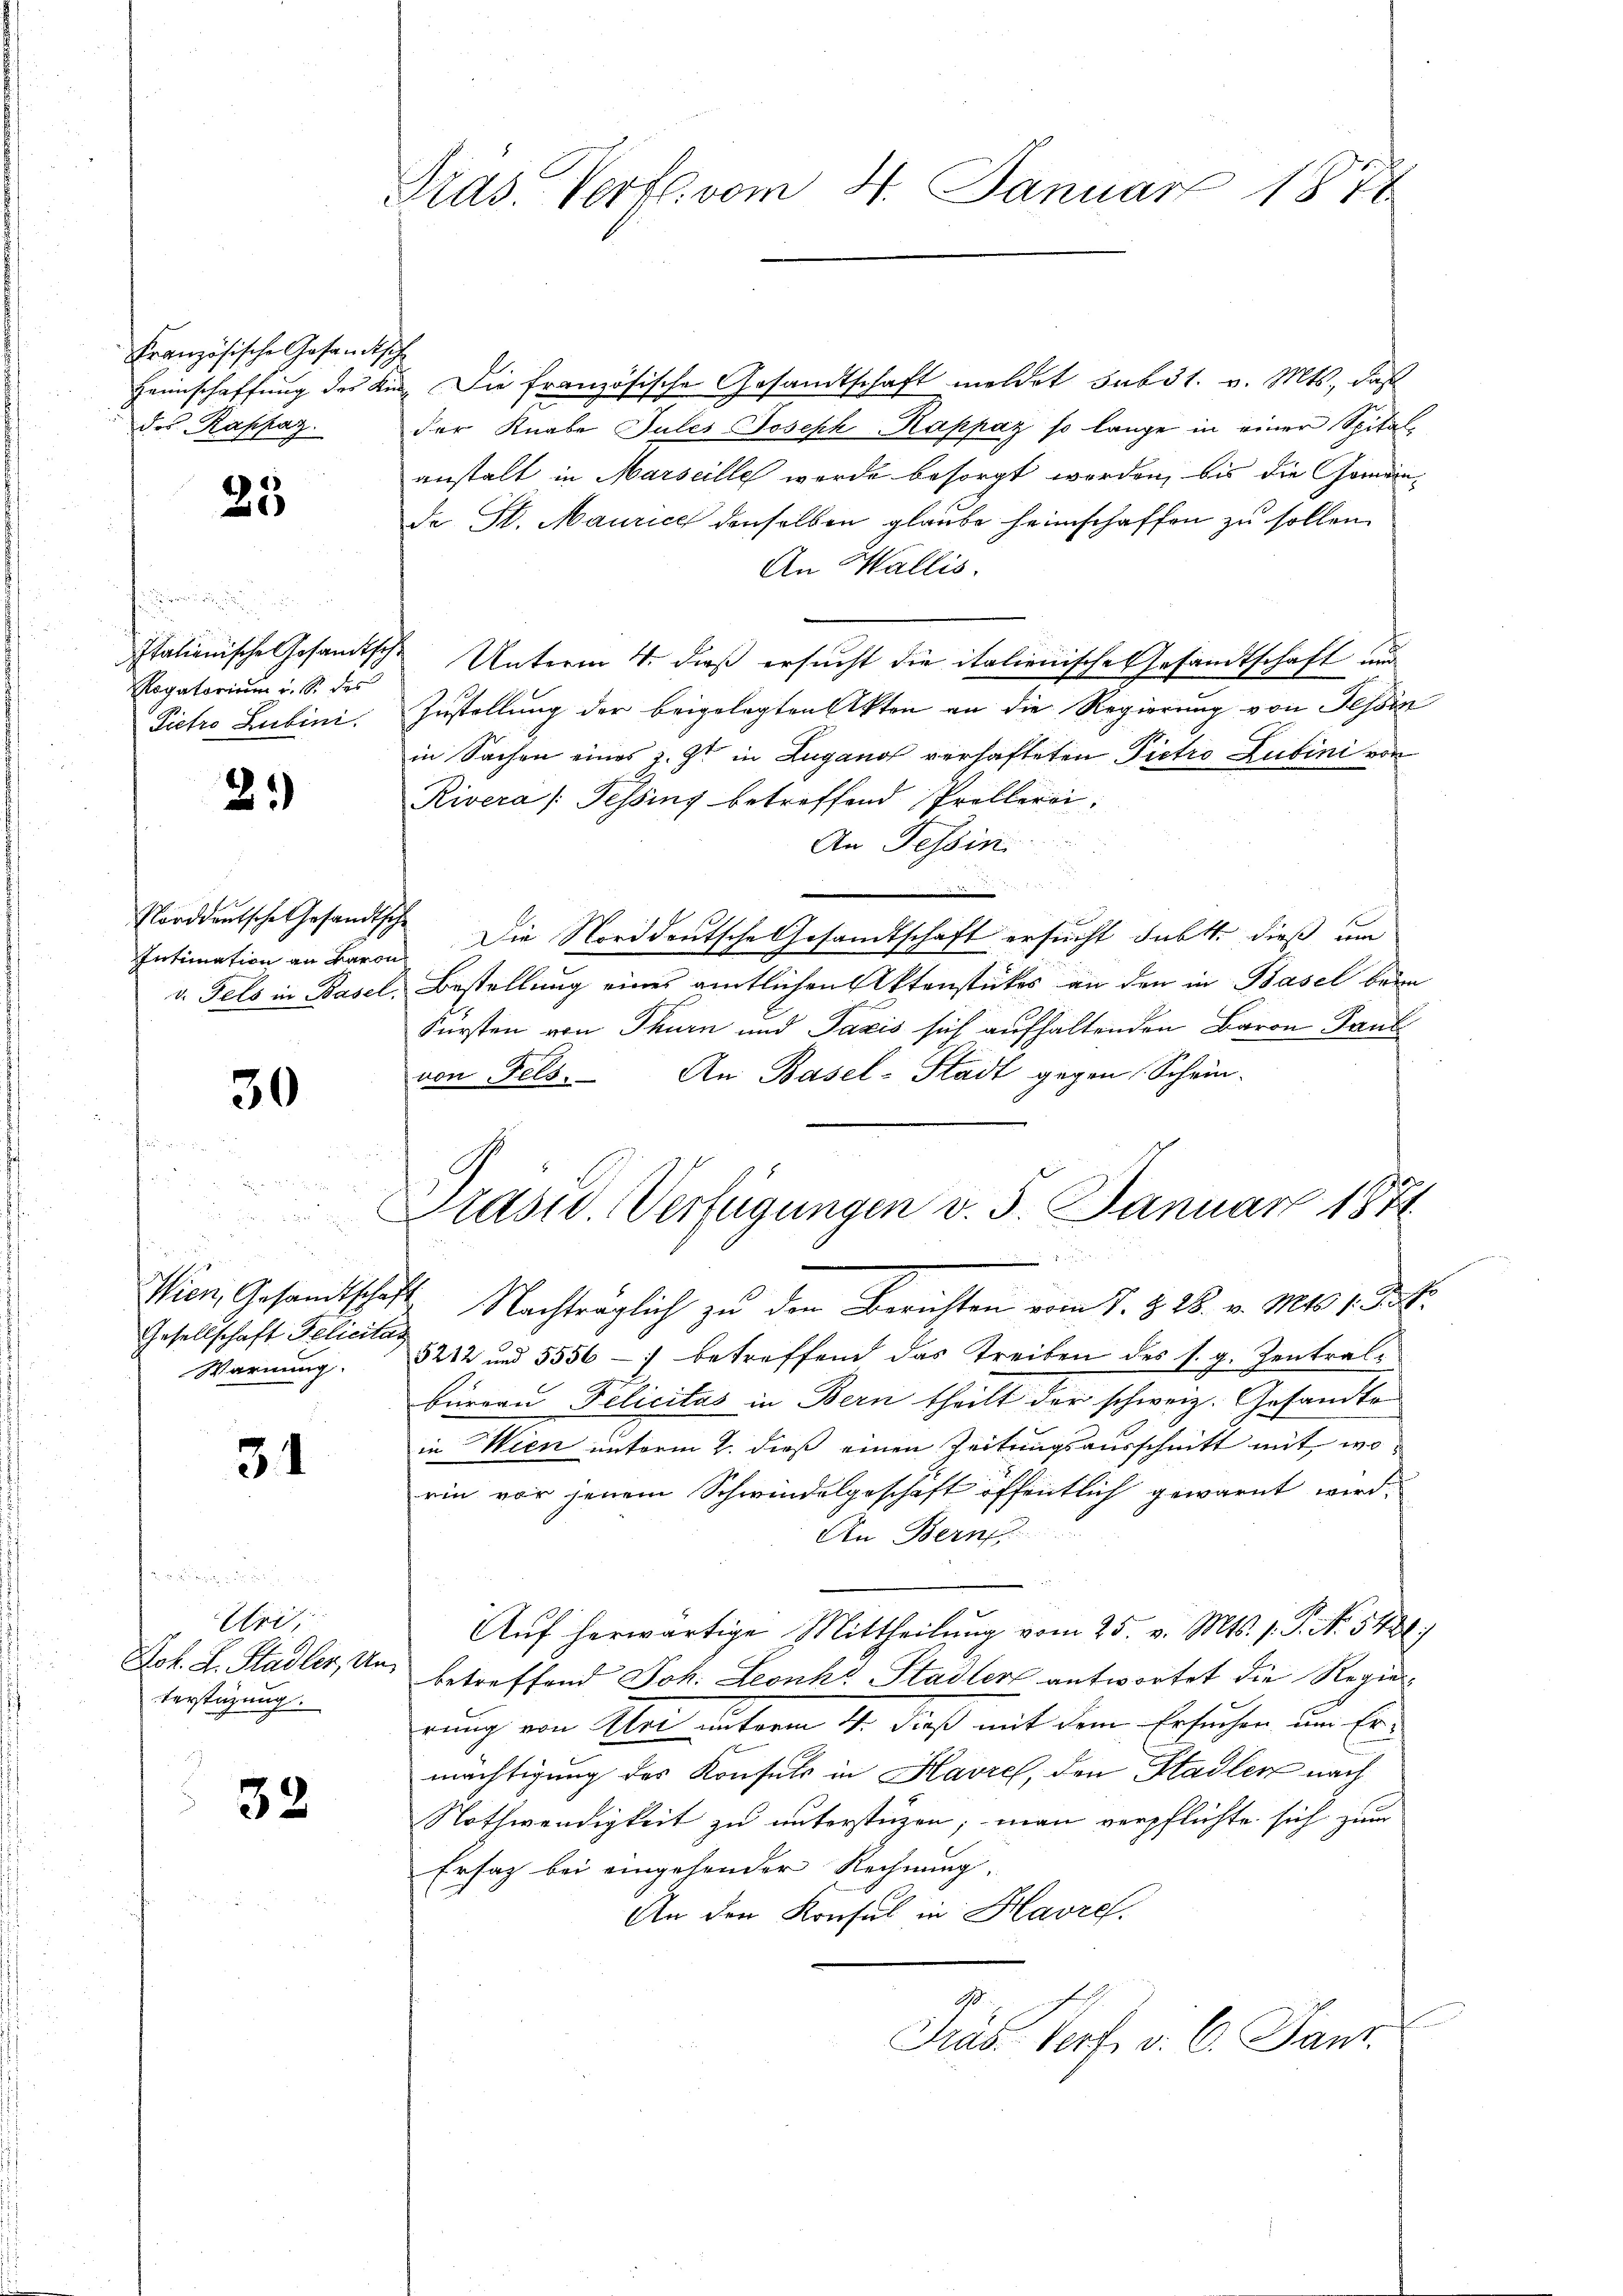
Gras Vorfl. vom 4. Januar 1878

4
„Die französische Gesandtschaft meldet sub 31. v. Mts., daß
der Knabe Jules Joseph Rappaz so lange in einer Spitalanstalt in Marseille werde besorgt worden, bis die Gemeinde St. Maurice denselben glaube heimschaffen zu sollen.
An Wallis.
Unterm 4. dieß ersucht die italienische Gesandtschaft und
Zustellung der beigelegten Akten an die Regierung von Tessin
in Sachen eines z. Zt. in Lugano verhafteten Pietro Lubini vor
Rivera (Tessing betreffend Prollerei
An Tessin.
 die
e
1
 Die Norddeutsche Gesandtschaft ersucht dabt. dieß um
Bestellung eines amtlichen Aktenstückes an den in Basel beim
Fürsten von Thurn und Taxis sich aufhaltenden Baron Paul
von Fels. An Basel-Stadt gegen Schein-
Wien, Gesandtschaft Nachträglich zu den Berichten vom 7. d. 28. v. Mts. 1. 2.
5212 und 5556 -) betreffend das Treiben des s. g. Zentralbürern Pelicitas in Bern theilt der schweiz. Gesandte
in Wien unterm 2. dieß einen Zeitungsausschnitt mit, worin vor jenem Schwindelgeschaft öffentlich gewarnt wird.
An Bern
Aŭf herwärtige Mittheilung vom 25. v. Mts. s. S. N. 548
betreffend Joh. Leonk“ Stadler antwortet die Regierrung von Klei unterm 4. dieß mit dem Ersuchen um Ermächtigung des Konsuls in Havre, den Stadler nach
Nothwendigkeit zu unterstüzen; man verpflichte sich zum
Ersatz bei eingehender Rechnung.
An den Konsul in Havre.
Präs. Verf. v. 6. Janr.

Französische Gesandts
Heimschaffung des Ki
des Raphaz.

25

u
Italienische Gesandtsch.
Rogatorium u. S. des
Pietro Lubini.

2.)

Norddeutsche Gesandtsch
Intimation an Baron
v. Fels in Basel.

30

Prasid. Verfügungen v. 5. Januar 1871

u
9
Gesellschaft Felicitag
Warnung

31

Pensinnun
Uri,
Joh. L. Stadler, Un
Verstüzung.

32